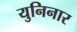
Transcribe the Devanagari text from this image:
युनिनार